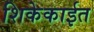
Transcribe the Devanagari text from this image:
शिकेकाईत